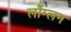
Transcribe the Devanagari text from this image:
लौंग्लन